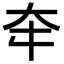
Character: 𡗢